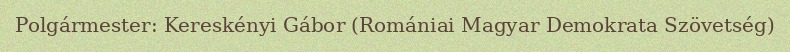
Polgármester: Kereskényi Gábor (Romániai Magyar Demokrata Szövetség)